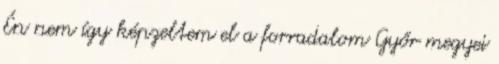
Én nem így képzeltem el a forradalom Győr megyei